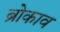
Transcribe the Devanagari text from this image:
ब्रोकाव